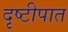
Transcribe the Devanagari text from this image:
दृष्टीपात